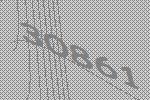
30861